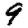
Digit: 9